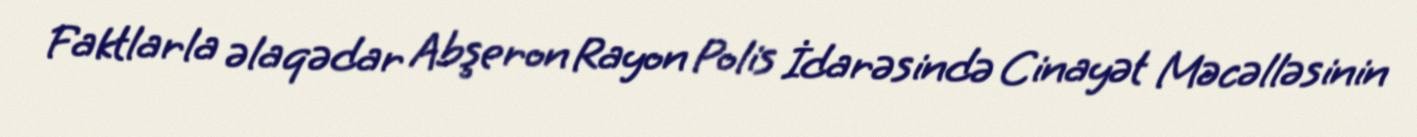
Faktlarla əlaqədar Abşeron Rayon Polis İdarəsində Cinayət Məcəlləsinin